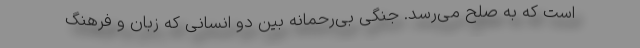
است که به صلح می‌رسد. جنگی بی‌رحمانه بین دو انسانی که زبان و فرهنگ